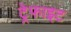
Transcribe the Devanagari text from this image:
ट्रेफाइट